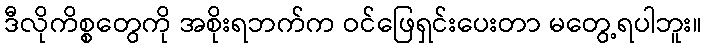
ဒီလိုကိစ္စတွေကို အစိုးရဘက်က ဝင်ဖြေရှင်းပေးတာ မတွေ့ရပါဘူး။